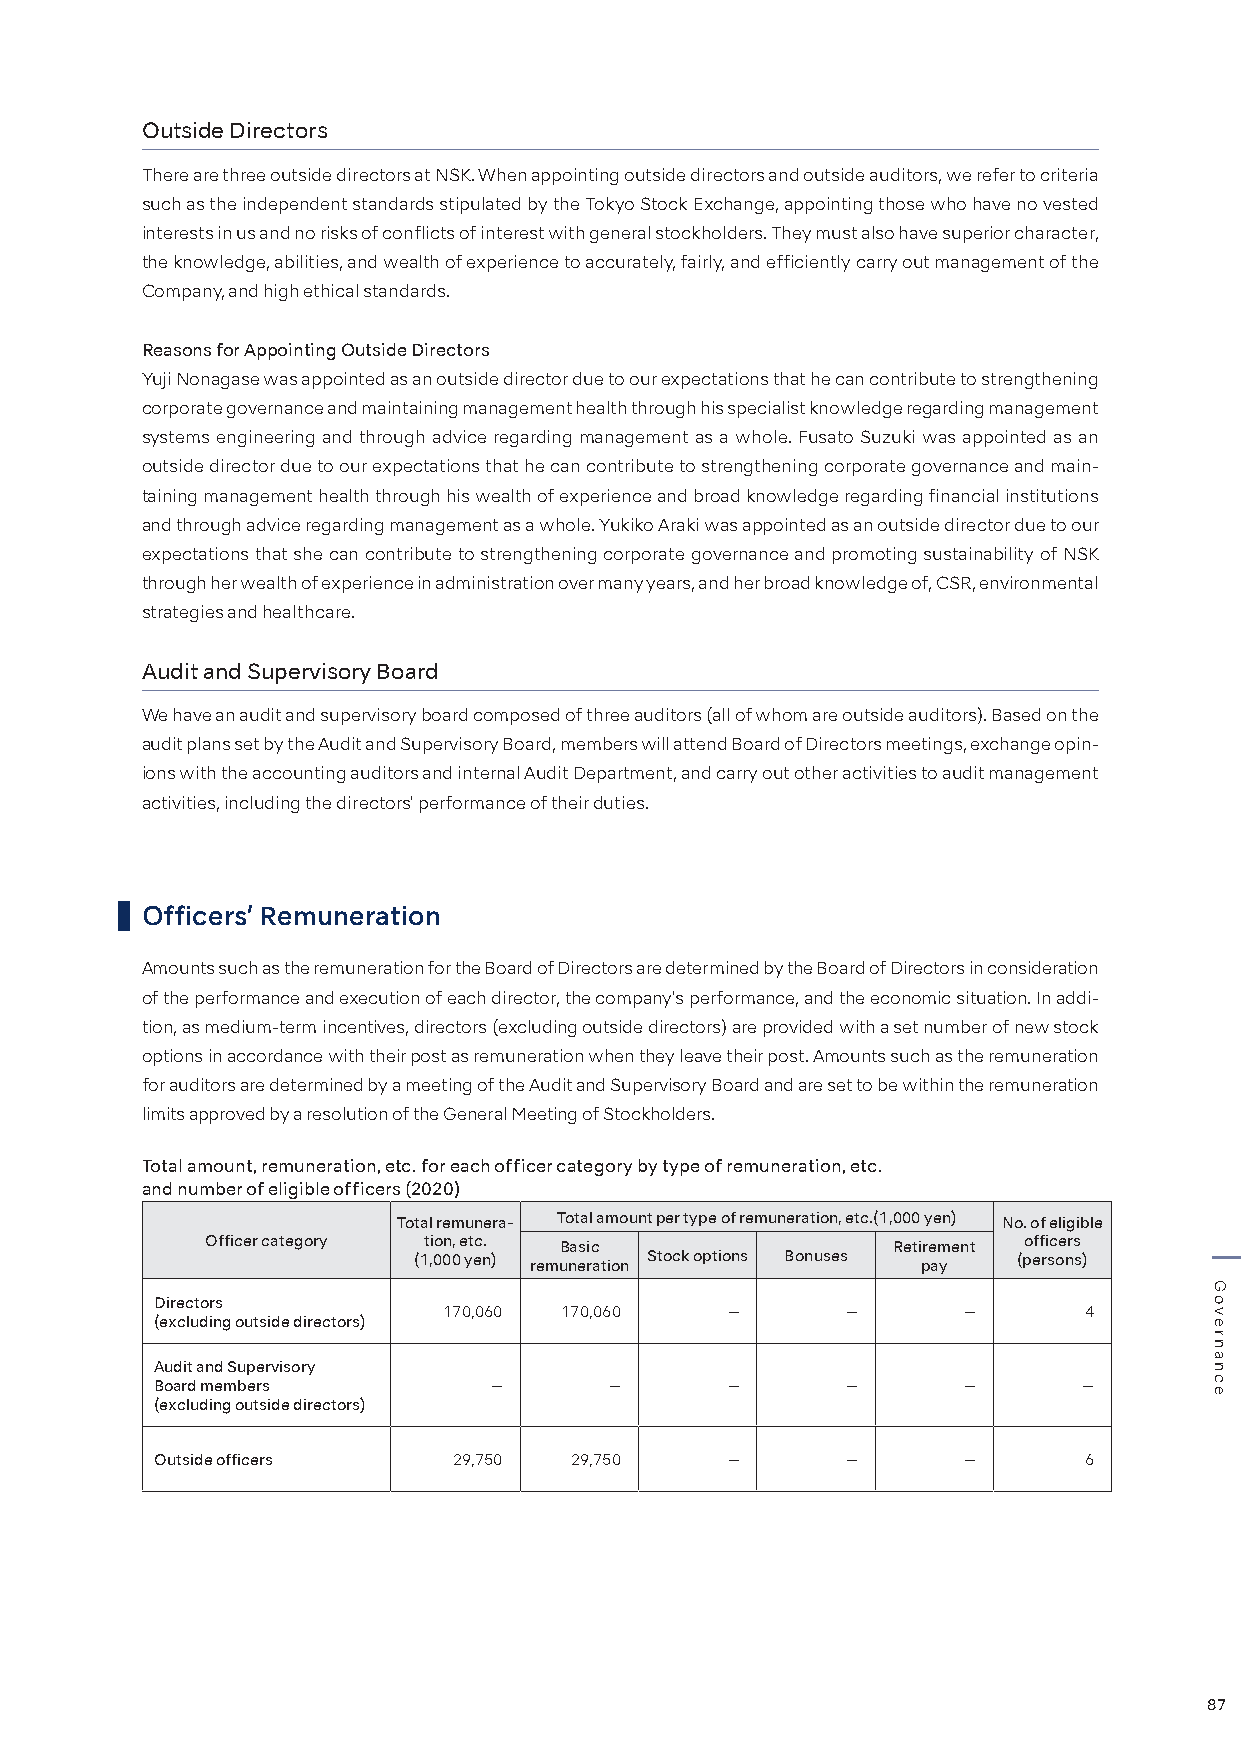
Outside Directors
 There are three outside directors at NSK. When appointing outside directors and outside auditors, we refer to criteria
 such as the independent standards stipulated by the Tokyo Stock Exchange, appointing those who have no vested
 interests in us and no risks of conflicts of interest with general stockholders. They must also have superior character,
 the knowledge, abilities, and wealth of experience to accurately, fairly, and efficiently carry out management of the
 Company, and high ethical standards.
 Reasons for Appointing Outside Directors
 Yuji Nonagase was appointed as an outside director due to our expectations that he can contribute to strengthening
 corporate governance and maintaining management health through his specialist knowledge regarding management
 systems engineering and through advice regarding management as a whole. Fusato Suzuki was appointed as an
 outside director due to our expectations that he can contribute to strengthening corporate governance and main-
 taining management health through his wealth of experience and broad knowledge regarding financial institutions
 and through advice regarding management as a whole. Yukiko Araki was appointed as an outside director due to our
 expectations that she can contribute to strengthening corporate governance and promoting sustainability of NSK
 through her wealth of experience in administration over many years, and her broad knowledge of, CSR, environmental
 strategies and healthcare.
 Audit and Supervisory Board
 We have an audit and supervisory board composed of three auditors (all of whom are outside auditors). Based on the
 audit plans set by the Audit and Supervisory Board, members will attend Board of Directors meetings, exchange opin-
 ions with the accounting auditors and internal Audit Department, and carry out other activities to audit management
 activities, including the directors' performance of their duties.
 Officers’ Remuneration
 Amounts such as the remuneration for the Board of Directors are determined by the Board of Directors in consideration
 of the performance and execution of each director, the company's performance, and the economic situation. In addi-
 tion, as medium-term incentives, directors (excluding outside directors) are provided with a set number of new stock
 options in accordance with their post as remuneration when they leave their post. Amounts such as the remuneration
 for auditors are determined by a meeting of the Audit and Supervisory Board and are set to be within the remuneration
 limits approved by a resolution of the General Meeting of Stockholders.
 Total amount, remuneration, etc. for each officer category by type of remuneration, etc.
 and number of eligible officers (2020)
 Total remunera- Total amount per type of remuneration, etc.(1,000 yen) No. of eligible
 Officer category tion, etc. Basic            Retirement officers
 (1,000 yen) remuneration Stock options Bonuses pay (persons)
 Directors
 170,060 170,060    —       —       —       4
 (excluding outside directors)
 Audit and Supervisory
 Board members         —       —       —       —       —       —
 (excluding outside directors)
 Outside officers    29,750  29,750    —       —       —       6
 87
 Governance